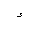
Letter: _hamza